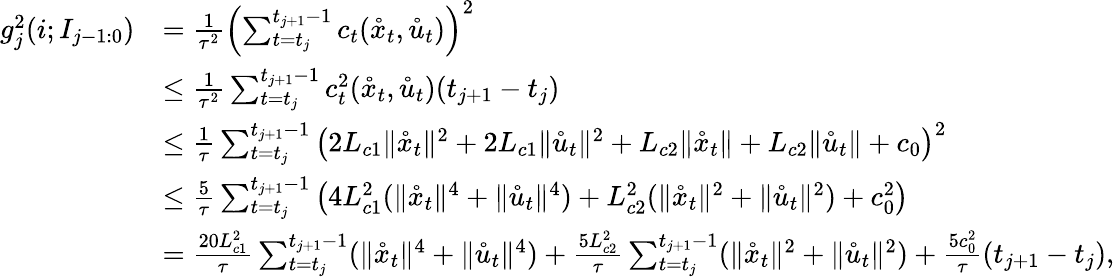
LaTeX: \begin{array}{rl}{g_{j}^{2}(i;I_{j-1:0})}&{=\frac{1}{\tau^{2}}\left(\sum_{t=t_{j}}^{t_{j+1}-1}c_{t}(\mathring x_{t},\mathring u_{t})\right)^{2}}\\ &{\leq\frac{1}{\tau^{2}}\sum_{t=t_{j}}^{t_{j+1}-1}c_{t}^{2}(\mathring x_{t},\mathring u_{t})(t_{j+1}-t_{j})}\\ &{\leq\frac{1}{\tau}\sum_{t=t_{j}}^{t_{j+1}-1}\left(2L_{c1}\| \mathring x_{t}\| ^{2}+2L_{c1}\| \mathring u_{t}\| ^{2}+L_{c2}\| \mathring x_{t}\| +L_{c2}\| \mathring u_{t}\| +c_{0}\right)^{2}}\\ &{\leq\frac{5}{\tau}\sum_{t=t_{j}}^{t_{j+1}-1}\left(4L_{c1}^{2}(\| \mathring x_{t}\| ^{4}+\| \mathring u_{t}\| ^{4})+L_{c2}^{2}(\| \mathring x_{t}\| ^{2}+\| \mathring u_{t}\| ^{2})+c_{0}^{2}\right)}\\ &{=\frac{20L_{c1}^{2}}{\tau}\sum_{t=t_{j}}^{t_{j+1}-1}(\| \mathring x_{t}\| ^{4}+\| \mathring u_{t}\| ^{4})+\frac{5L_{c2}^{2}}{\tau}\sum_{t=t_{j}}^{t_{j+1}-1}(\| \mathring x_{t}\| ^{2}+\| \mathring u_{t}\| ^{2})+\frac{5c_{0}^{2}}{\tau}(t_{j+1}-t_{j}),}\end{array}